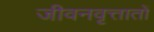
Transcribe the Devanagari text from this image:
जीवनवृत्तातों